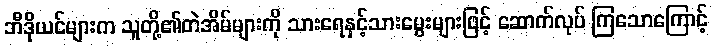
ဘီဒိုယင်များက သူတို့၏တဲအိမ်များကို သားရေနှင့်သားမွေးများဖြင့် ဆောက်လုပ် ကြသောကြောင့်